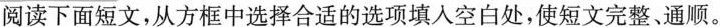
阅读下面短文,从方框中选择合适的选项填入空白处,使短文完整、通顺。